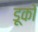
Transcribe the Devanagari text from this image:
डूको